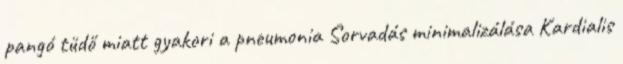
pangó tüdő miatt gyakori a pneumonia Sorvadás minimalizálása Kardialis